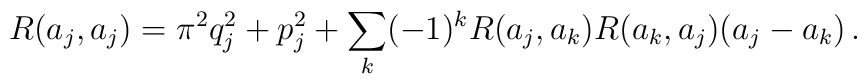
R(a_j,a_j)=\pi^2 q_j^2 +p_j^2 + \sum_k (-1)^k R(a_j,a_k)R(a_k,a_j) (a_j-a_k)\, .